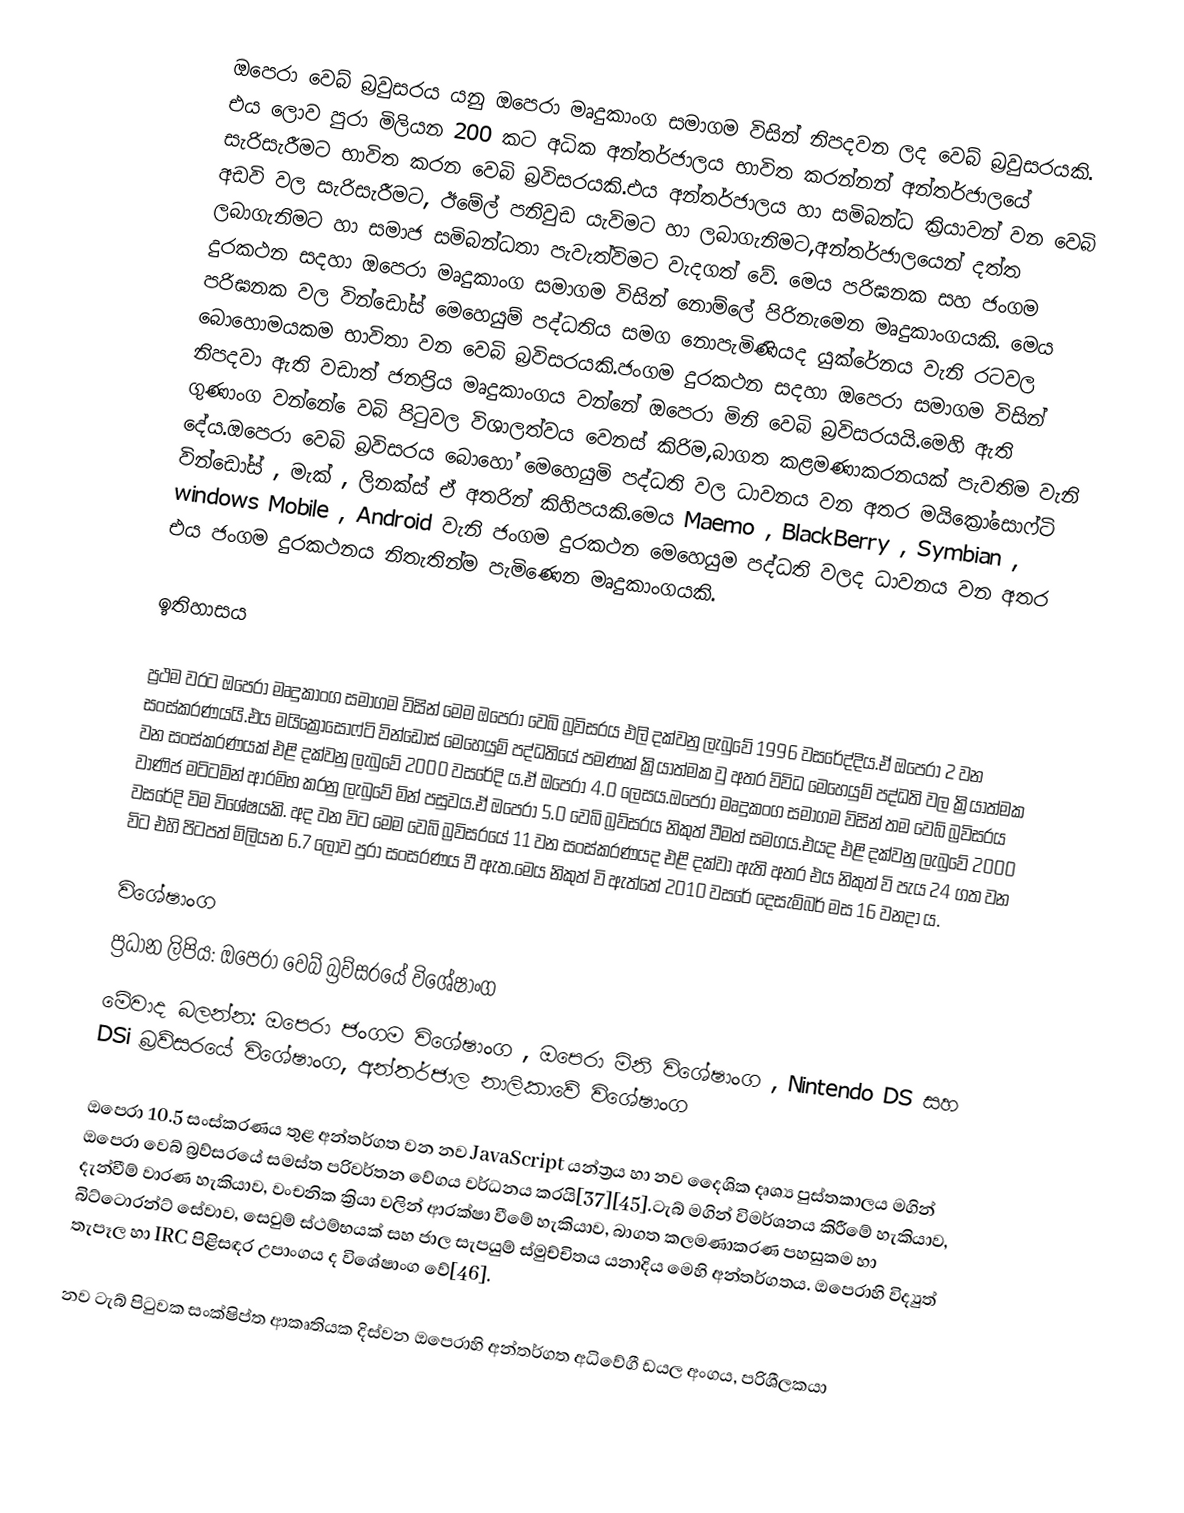
ඔපෙරා වෙබ් බ්‍රවුසරය යනු ඔපෙරා මෘදුකාංග සමාගම විසින් නිපදවන ලද වෙබ් බ්‍රවුසරයකි. එය ලොව පුරා මිලියන 200 කට අධික අන්තර්ජාලය භාවිත කරන්නන් අන්තර්ජාල‍යේ සැරිසැරීමට භාවිත කරන වෙබි බ්‍රවිසරයකි.එය අන්තර්ජාලය හා සමිබන්ධ ක්‍රියාවන් වන වෙබි අඩවි වල සැරිසැරීමට, ඊමේල් පනිවුඩ යැවිමට හා ලබාගැනිමට,අන්තර්ජාලයෙන් දත්ත ලබාගැනිමට හා සමාජ සමිබන්ධතා පැවැත්විමට වැදගත් වේ. මෙය පරිඝනක සහ ජංගම දුරකථන සදහා ඔපෙරා මෘදුකාංග සමාගම විසින් නොම්ලේ පිරිනැමෙන මෘදුකාංගයකි. මෙය පරිඝනක වල වින්ඩෝස් මෙහෙයුම් පද්ධතිය සමග නොපැමිණියද යුක්රේනය වැනි රටවල බොහොමයකම භාවිතා වන වෙබි බ්‍රවිසරයකි.ජංගම දුරකථන සදහා ඔපෙරා සමාගම විසින් නිපදවා ඇති වඩාත් ජනප්‍රිය මෘදුකාංගය වන්නේ ඔපෙරා මිනි වෙබි බ්‍රවිසරයයි.මෙහි ඇති ගුණාංග වන්නේ ෙවබි පිටුවල විශාලත්වය වෙනස් කිරිම,බාගත කළමණාකරනයක් පැවතිම වැනි දේය.ඔපෙරා වෙබි බ්‍රවිසරය බොහෝ මෙහෙයුමි පද්ධති වල ධාවනය වන අතර මයික්‍රෝසොෆ්ටි වින්ඩෝස් , මැක් , ලිනක්ස් ඒ අතරින් කිහිපයකි.මෙය Maemo , BlackBerry , Symbian , windows Mobile , Android වැනි ජංගම දුරකථන මෙහෙයුම පද්ධති වලද ධාවනය වන අතර එය ජංගම දුරකථනය නිතැතින්ම පැමිණෙන මෘදුකාංගයකි.

ඉතිහාසය

ප්‍රථම වරට ඔපෙරා මෘදුකාංග සමාගම විසින් මෙම ඔපෙරා වෙබි බ්‍රවිසරය එලි දක්වනු ලැබුවේ 1996 වසරේද්දිය.ඒ ඔපෙරා 2 වන සංස්කරණයයි.එය මයික්‍රෝසොෆ්ටි වින්ඩෝස් මෙහෙයුම් පද්ධතියේ පමණක් ක්‍රියාත්මක වු අතර විවිධ මෙහෙයුම් පද්ධති වල ක්‍රියාත්මක වන සංස්කරණයක් එළි දක්වනු ලැබුවේ 2000 වසරේදි ය.ඒ ඔපෙරා 4.0 ලෙසය.ඔපෙරා මෘදුකංග සමාගම විසින් තම වෙබ් බ්‍රවිසරය වාණිජ මටිටමින් ආරමිභ කරනු ලැබුවේ මින් පසුවය.ඒ ඔපෙරා 5.0 වෙබි බ්‍රව්සරය නිකුත් වීමත් සමගය.එයද එළි දක්වනු ලැබුවේ 2000 වසරේදි විම විශේෂයකි. අද වන විට මෙම වෙබි බ්‍රවිසරයේ 11 වන සංස්කරණයද එළි දක්වා ඇති අතර එය නිකුත් වි පැය 24 ගත වන විට එහි පිටපත් මිලියන 6.7 ලොව පුරා සංසරණය වී ඇත.මෙය නිකුත් වි ඇත්තේ 2010 වසරේ දෙසැම්බර් මස 16 වනදා ය.

විශේෂාංග
ප්‍රධාන ලිපිය: ඔපෙරා වෙබ් බ්‍රව්සර‍යේ විශේෂාංග
මේවාද බලන්න: ඔපෙරා ජංගම විශේෂාංග , ඔපෙරා මිනි විශේෂාංග , Nintendo DS සහ DSi බ්‍රව්සර‍යේ විශේෂාංග, අන්තර්ජාල නාලිකාවේ විශේෂාංග

ඔපෙරා 10.5 සංස්කරණය තුළ අන්තර්ගත වන නව JavaScript යන්ත්‍රය හා නව දෛශික දෘශ්‍ය පුස්තකාලය මගින් ඔපෙරා වෙබ් බ්‍රව්සරයේ සමස්ත පරිවර්තන වේගය වර්ධනය කරයි[37][45].ටැබ් මගින් විමර්ශනය කිරීමේ හැකියාව, දැන්වීම් වාරණ හැකියාව, වංචනික ක්‍රියා වලින් ආරක්ෂා වීමේ හැකියාව, බාගත කලමණාකරණ පහසුකම හා බිට්ටොරන්ට් සේවාව, සෙවුම් ස්ථම්භයක් සහ ජාල සැපයුම් ස්මුච්චිතය යනාදිය මෙහි අන්තර්ගතය. ඔපෙරාහි විද්‍යුත් තැපෑල හා IRC පිළිසඳර උපාංගය ද විශේෂාංග වේ[46].

නව ටැබ් පිටුවක සංක්ෂිප්ත ආකෘතියක දිස්වන ඔපෙරාහි අන්තර්ගත අධිවේගී ඩයල අංගය, පරිශීලකයා